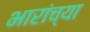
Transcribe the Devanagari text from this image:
भारांच्या